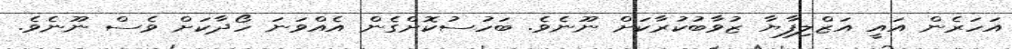
އަހަރެން އައީ އަޒްލިފާޔާ ޒުވާބުކުރާކަށް ނޫނެވެ. ބަހުސުކޮށްގެން އެއްވަނަ ހޯދާކަށް ވެސް ނޫނެވެ.